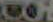
CO